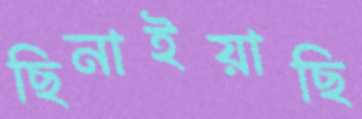
ছিনাইয়াছি